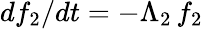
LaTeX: df_{2}/dt=-\Lambda_{2}\, f_{2}